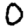
Digit: 0